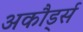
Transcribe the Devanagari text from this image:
अकौर्ड्स